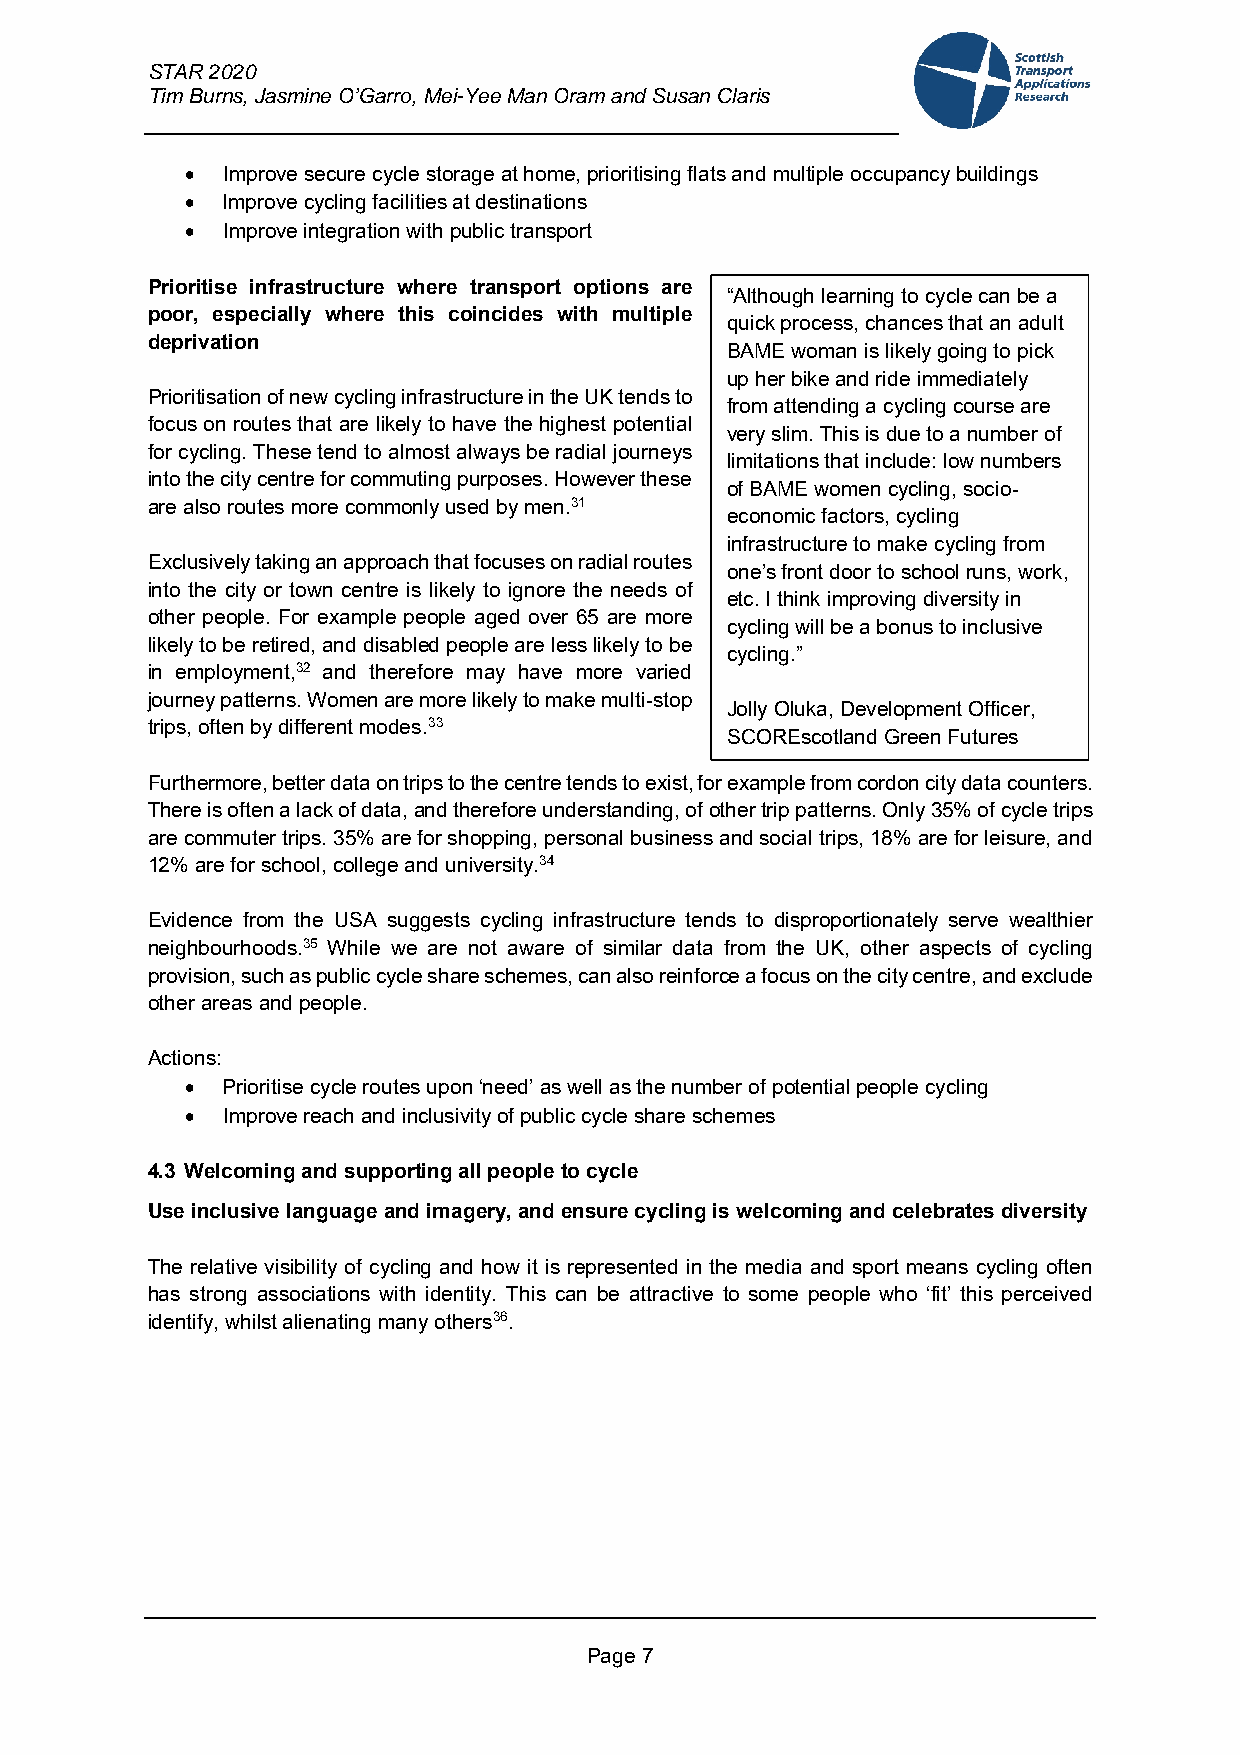
STAR 2020
 Tim Burns, Jasmine O’Garro, Mei-Yee Man Oram and Susan Claris
   Improve secure cycle storage at home, prioritising flats and multiple occupancy buildings
   Improve cycling facilities at destinations
   Improve integration with public transport
 Prioritise infrastructure where transport options are
 “Although learning to cycle can be a
 poor, especially where this coincides with multiple
 quick process, chances that an adult
 deprivation
 BAME woman is likely going to pick
 up her bike and ride immediately
 Prioritisation of new cycling infrastructure in the UK tends to
 from attending a cycling course are
 focus on routes that are likely to have the highest potential
 very slim. This is due to a number of
 for cycling. These tend to almost always be radial journeys
 limitations that include: low numbers
 into the city centre for commuting purposes. However these
 of BAME women cycling, socio-
 are also routes more commonly used by men.31
 economic factors, cycling
 infrastructure to make cycling from
 Exclusively taking an approach that focuses on radial routes
 one’s front door to school runs, work,
 into the city or town centre is likely to ignore the needs of
 etc. I think improving diversity in
 other people. For example people aged over 65 are more
 cycling will be a bonus to inclusive
 likely to be retired, and disabled people are less likely to be
 cycling.”
 in employment,32 and therefore may have more varied
 journey patterns. Women are more likely to make multi-stop
 Jolly Oluka, Development Officer,
 trips, often by different modes.33
 SCOREscotland Green Futures
 Furthermore, better data on trips to the centre tends to exist, for example from cordon city data counters.
 There is often a lack of data, and therefore understanding, of other trip patterns. Only 35% of cycle trips
 are commuter trips. 35% are for shopping, personal business and social trips, 18% are for leisure, and
 12% are for school, college and university.34
 Evidence from the USA suggests cycling infrastructure tends to disproportionately serve wealthier
 neighbourhoods.35 While we are not aware of similar data from the UK, other aspects of cycling
 provision, such as public cycle share schemes, can also reinforce a focus on the city centre, and exclude
 other areas and people.
 Actions:
   Prioritise cycle routes upon ‘need’ as well as the number of potential people cycling
   Improve reach and inclusivity of public cycle share schemes
 4.3 Welcoming and supporting all people to cycle
 Use inclusive language and imagery, and ensure cycling is welcoming and celebrates diversity
 The relative visibility of cycling and how it is represented in the media and sport means cycling often
 has strong associations with identity. This can be attractive to some people who ‘fit’ this perceived
 identify, whilst alienating many others36.
 Page 7